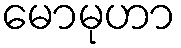
မောမုဟာ